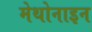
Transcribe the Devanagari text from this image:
मेथोनाइन